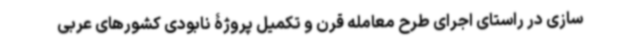
سازی در راستای اجرای طرح معامله قرن و تکمیل پروژۀ نابودی کشورهای عربی